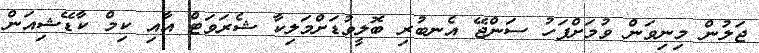
ޖަލުން މިނިވަން ވުމަށްފަހު ސަންޖޭ އެނބުރި ބޮލީވުޑަށްމަލިކާ ޝެރަވަޓް އާއި ކިމް ކާޑޭޝިއަން